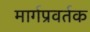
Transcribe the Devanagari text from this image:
मार्गप्रवर्तक